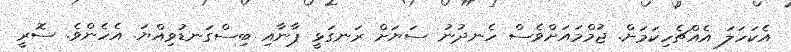
އެކަހަލަ އެއްޗެހިކަމަށް. ޖުމްމައަށްވެސް ހެނދުނު ސަޔަށް ރަނގަޅީ ޕާނާއި ބިސްގަނޑުވިއްޔަ. އެހެންވެ. ސޮރީ